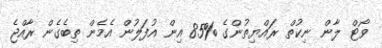
ވޯޓް ލާން ނިކުތް ރައްޔިތުންގެ %85 އިން އުފަލުން އެމެން ތިބެގެން ރާއްޖެ